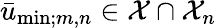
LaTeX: \bar{u}_{\mathrm{min};m,n}\in\mathcal X\cap\mathcal X_{n}